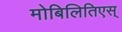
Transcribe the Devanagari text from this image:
मोबिलितिएस्